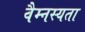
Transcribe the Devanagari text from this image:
वैम्नस्यता